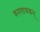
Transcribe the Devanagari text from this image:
वनगायकन्